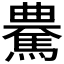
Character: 𩤰